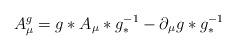
\begin{align*}A_{\mu }^{g}=g\ast A_{\mu }\ast g_{\ast }^{-1}-\partial _{\mu }g\ast g_{\ast}^{-1}\end{align*}